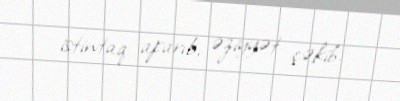
istintaq aparıb, əziyyət çəkib.